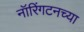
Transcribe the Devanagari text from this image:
नॉरिंगटनच्या